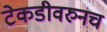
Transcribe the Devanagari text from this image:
टेकडीवरुनच